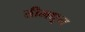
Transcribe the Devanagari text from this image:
तीमधून